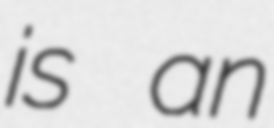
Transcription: is an